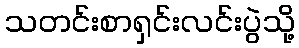
သတင်းစာရှင်းလင်းပွဲသို့